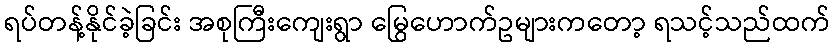
ရပ်တန့်နိုင်ခဲ့ခြင်း အစုကြီးကျေးရွာ မြွေဟောက်ဥများကတော့ ရသင့်သည်ထက်